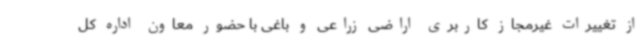
از تغییرات غیرمجاز کاربری اراضی زراعی و باغی با حضور معاون اداره کل